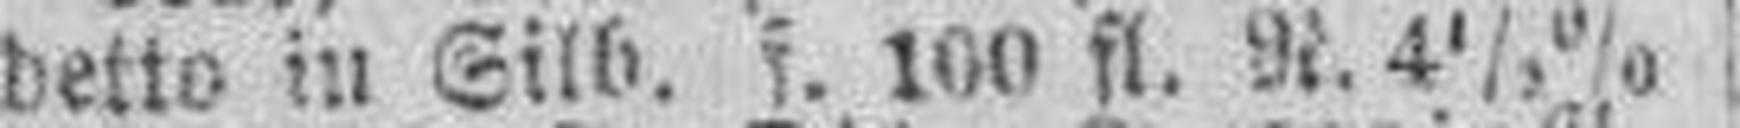
detto in Silb. f. 100 fl. N. 4 1/2%